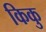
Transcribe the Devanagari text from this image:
किकु